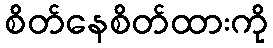
စိတ်နေစိတ်ထားကို